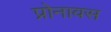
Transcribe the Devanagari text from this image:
प्रोनावस